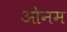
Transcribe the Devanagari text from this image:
ओनम